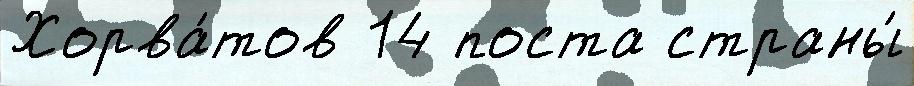
Хорва́тов 14 поста страны́